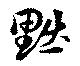
黜